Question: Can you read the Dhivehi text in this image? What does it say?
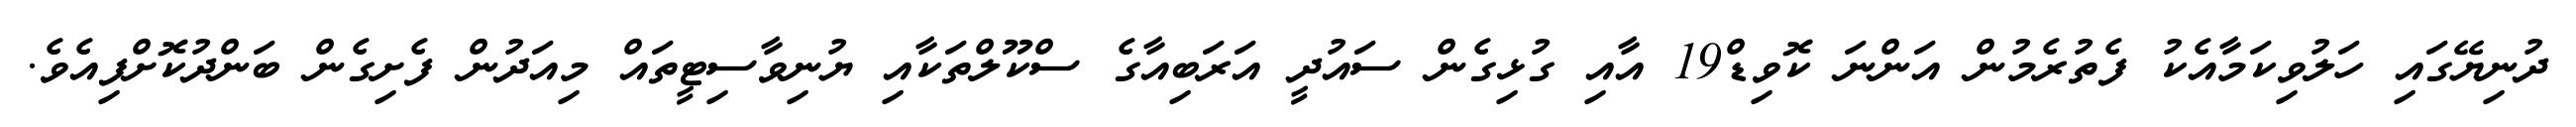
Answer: ދުނިޔޭގައި ހަލުވިކަމާއެކު ފެތުރެމުން އަންނަ ކޮވިޑް19 އާއި ގުޅިގެން ސައުދީ އަރަބިއާގެ ސްކޫލްތަކާއި ޔުނިވާސިޓީތައް މިއަދުން ފެށިގެން ބަންދުކޮށްފިއެވެ.